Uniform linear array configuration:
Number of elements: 8
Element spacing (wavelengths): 0.75
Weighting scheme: blackman
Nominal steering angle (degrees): -45
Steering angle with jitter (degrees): -45.028
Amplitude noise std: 0.05
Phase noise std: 0.05

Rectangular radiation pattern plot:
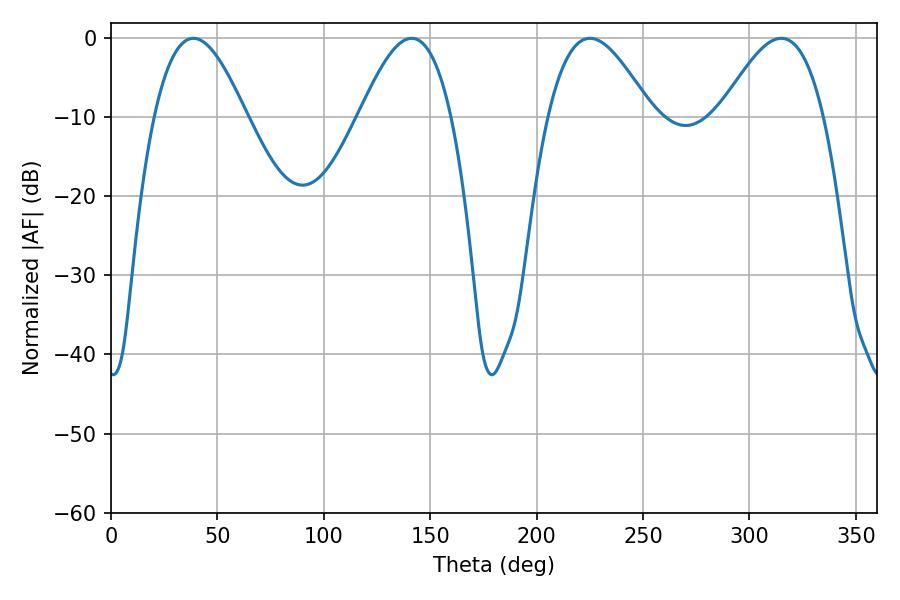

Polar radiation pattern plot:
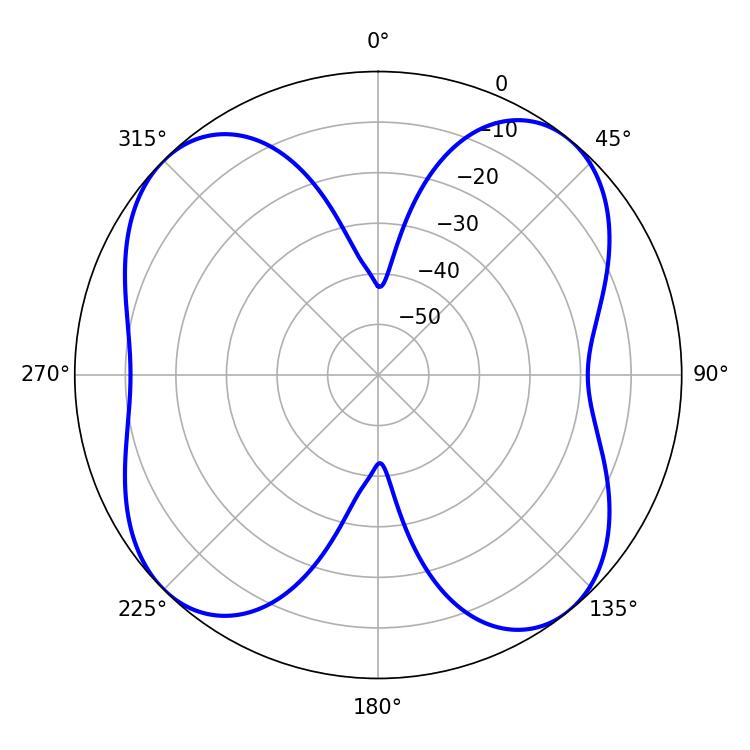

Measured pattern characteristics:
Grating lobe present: TRUE
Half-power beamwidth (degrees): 23.4
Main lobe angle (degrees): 38.7